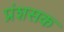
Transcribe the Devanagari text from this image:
प्रंशसक